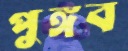
পুঙ্গব